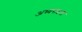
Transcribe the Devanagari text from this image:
अध्यसक्षता